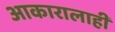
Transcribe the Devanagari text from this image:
आकारालाही